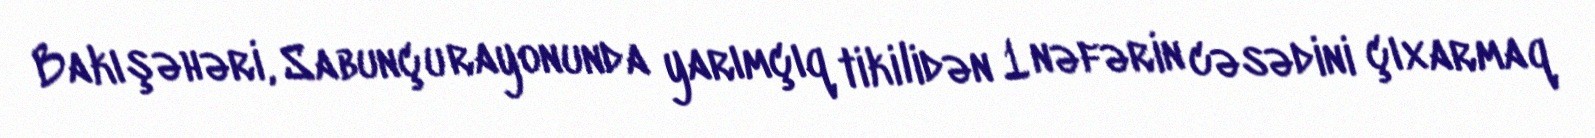
Bakı şəhəri, Sabunçu rayonunda yarımçıq tikilidən 1 nəfərin cəsədini çıxarmaq